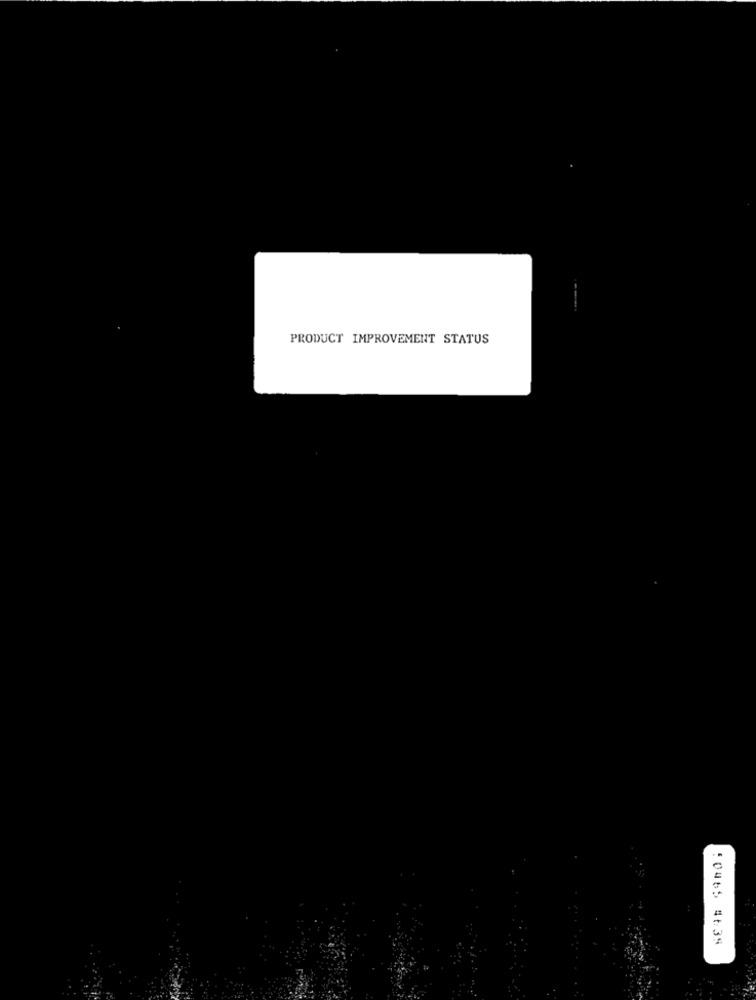
---
PRODUCT IMPROVEMENT STATUS
:0465 4639